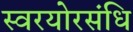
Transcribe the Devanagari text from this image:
स्वरयोरसंधि